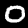
Label: 0